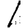
Digit: 1